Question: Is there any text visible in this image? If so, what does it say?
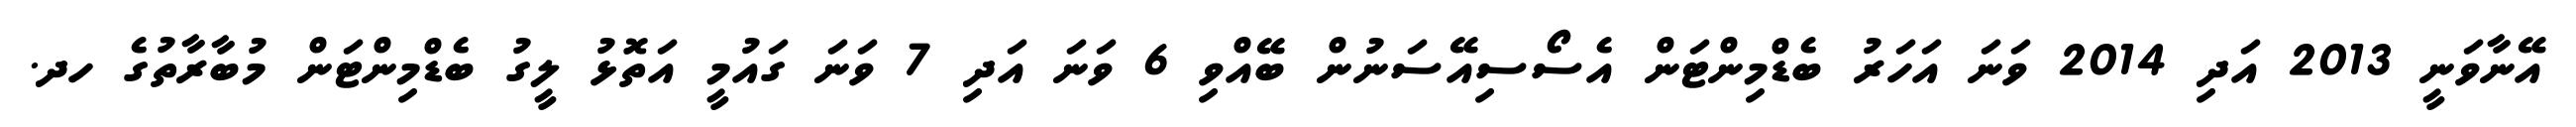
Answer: އޭނާވަނީ 2013 އަދި 2014 ވަނަ އަހަރު ބެޑްމިންޓަން އެސޯސިއޭސަނުން ބޭއްވި 6 ވަނަ އަދި 7 ވަނަ ގައުމީ އަތޮޅު ލީގު ބެޑްމިންޓަން މުބާރާތުގެ ހދ.